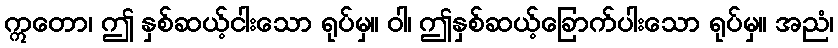
ဣတော၊ ဤ နှစ်ဆယ့်ငါးသော ရုပ်မှ။ ဝါ၊ ဤနှစ်ဆယ့်ခြောက်ပါးသော ရုပ်မှ။ အညံ၊